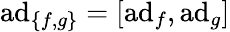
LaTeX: \operatorname{a\mathrm{d}}_{\{ f,g\} }=[\operatorname{a\mathrm{d}}_{f},\operatorname{a\mathrm{d}}_{g}]